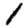
Digit: 1